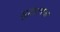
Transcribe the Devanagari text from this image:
मुद्रात्मक